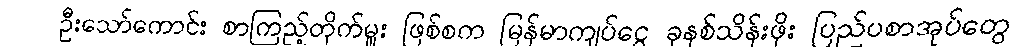
ဦးသော်ကောင်း စာကြည့်တိုက်မှူး ဖြစ်စက မြန်မာကျပ်ငွေ ခုနစ်သိန်းဖိုး ပြည်ပစာအုပ်တွေ